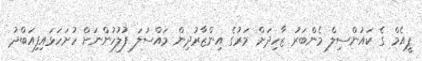
ޕީއެމް ގެ ކައުންސިލް މެންބަރު ޒާހިދަށް މަރުގެ އިންޒާރުދިން މައްސަލަ ފުލުހުންނަށް ހުށަހަޅައިފިއަބްދު